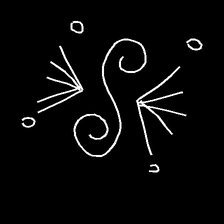
Glyph: aeroform